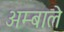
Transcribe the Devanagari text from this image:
अम्बाले